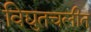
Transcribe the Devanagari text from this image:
विद्युतचलीत